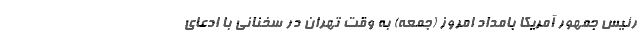
رئیس جمهور آمریکا بامداد امروز (جمعه) به وقت تهران در سخنانی با ادعای